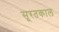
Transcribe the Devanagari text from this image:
सूरतकाल